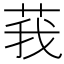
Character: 莪